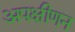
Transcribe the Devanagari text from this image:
अपक्षीणन